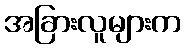
အခြားလူများက